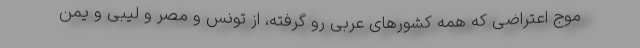
موج اعتراضی که همه کشورهای عربی رو گرفته، از تونس و مصر و لیبی و یمن